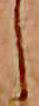
し